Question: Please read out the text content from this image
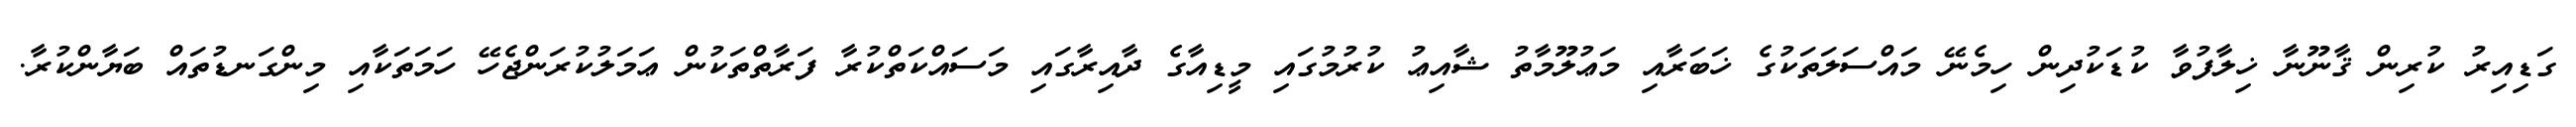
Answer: ގަޑިއިރު ކުރިން ޤާނޫނާ ޚިލާފުވާ ކުޑަކުދިން ހިމެނޭ މައްސަލަތަކުގެ ޚަބަރާއި މަޢުލޫމާތު ޝާއިޢު ކުރުމުގައި މީޑިއާގެ ދާއިރާގައި މަސައްކަތްކުރާ ފަރާތްތަކުން ޢަމަލުކުރަންޖެހޭ ހަމަތަކާއި މިންގަނޑުތައް ބަޔާންކުރާ.